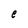
Character: e